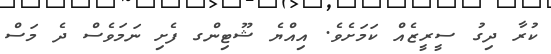
ކުރާ ދިގު ސީރީޒެއް ކަމަށެވެ. އިއްޔެ ޝޫޓިންގ ފެށި ނަމަވެސް ދެ މަސް